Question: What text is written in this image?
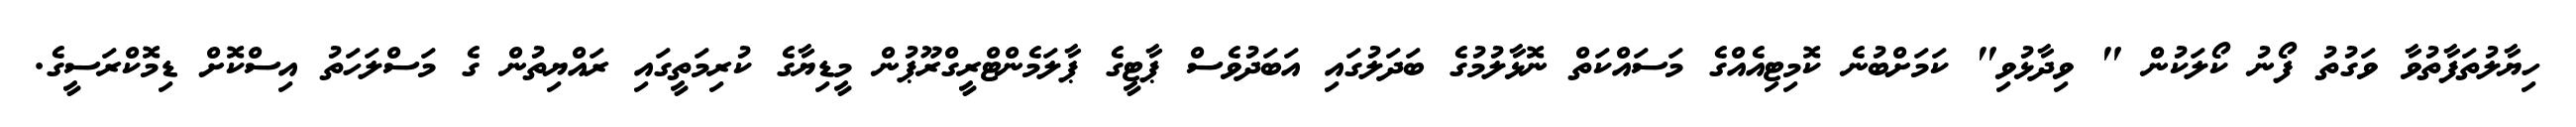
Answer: ހިޔާލުތަފާތުވާ ވަގުތު ފޯނު ކޯލަކުން " ވިދާޅުވި" ކަމަށްބުނެ ކޮމިޓިއެއްގެ މަސައްކަތް ނޮޅާލުމުގެ ބަދަލުގައި އަބަދުވެސް ޕާޓީގެ ޕާލަމެންޓްރީގްރޫޕުން މީޑިޔާގެ ކުރިމަތީގައި ރައްޔިތުން ގެ މަސްލަހަތު އިސްކޮށް ޑިމޮކްރަސީގެ.